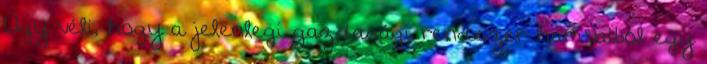
Úgy véli, hogy a jelenlegi gazdasági rendszer hamvaiból egy